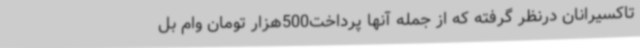
تاکسیرانان درنظر گرفته که از جمله آنها پرداخت500هزار تومان وام بل